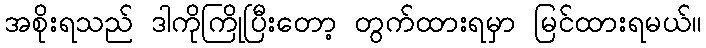
အစိုးရသည် ဒါကိုကြိုပြီးတော့ တွက်ထားရမှာ မြင်ထားရမယ်။